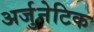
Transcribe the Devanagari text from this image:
अर्जुनेटिक